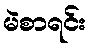
မဲစာရင်း